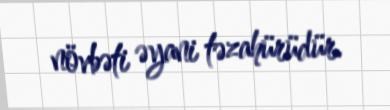
növbəti əyani təzahürüdür.